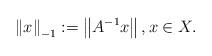
LaTeX: \begin{align*}\left\|x\right\|_{-1}:=\left\|A^{-1}x\right\|,x\in X.\end{align*}